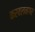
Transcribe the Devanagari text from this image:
करवलनगर